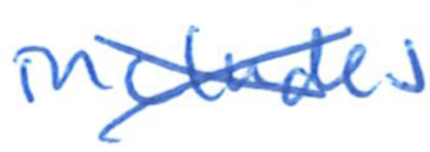
Text: includes
Cross-out: cross
Writing tool: ballpoint